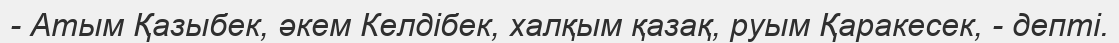
- Атым Қазыбек, әкем Келдібек, халқым қазақ, руым Қаракесек, - депті.